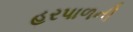
હરપાળની